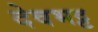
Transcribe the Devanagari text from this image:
देवभट्ट